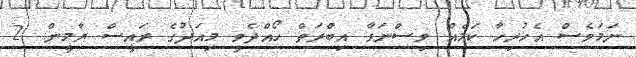
ނަމަވެސް އެހުރިހާ ކަމެއް ވިސްނަވާ އިބްރަތް ހޯއްދެވީ މިއަދުގެ ރައީސް ޔާމީން. 2